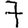
Digit: 7